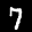
Label: 7